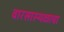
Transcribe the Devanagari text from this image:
वारसास्थळाचा